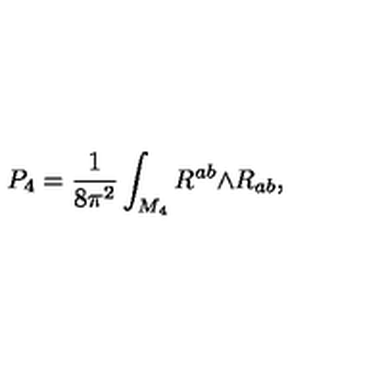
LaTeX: P _ { 4 } = \frac { 1 } { 8 \pi ^ { 2 } } \int _ { M _ { 4 } } R ^ { a b } { \mathrm { \tiny \wedge } } R _ { a b } ,